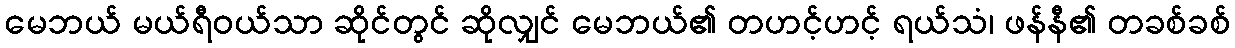
မေဘယ် မယ်ရီဝယ်သာ ဆိုင်တွင် ဆိုလျှင် မေဘယ်၏ တဟင့်ဟင့် ရယ်သံ၊ ဖန်နီ၏ တခစ်ခစ်